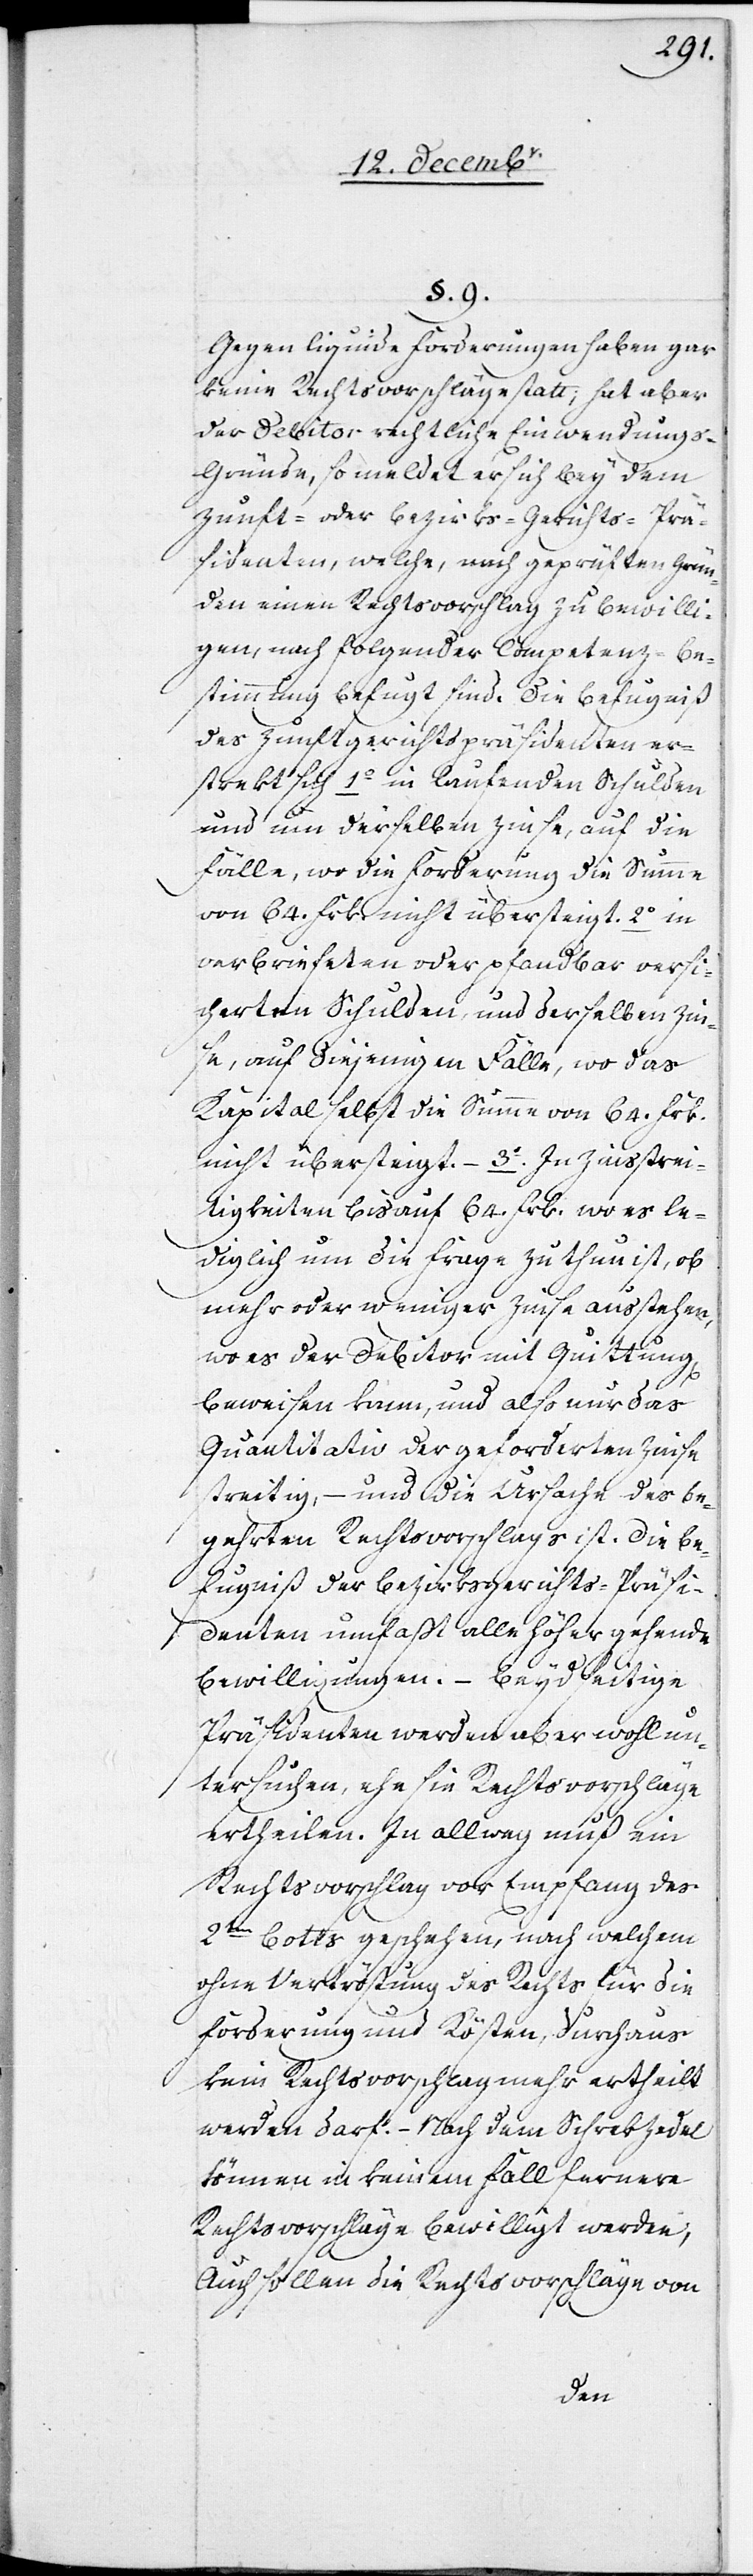
3.

§. 9.
Gegen liquide Forderungen haben gar
keine Rechtsvorschläge statt; hat aber
der Debitor rechtliche Einwendung¬
s-Gründe, so meldet er sich bey dem
Zunft- oder Bezirks-Gerichts-Prä¬
sidenten, welche, nach geprüften Grün¬
den einen Rechtsvorschlag zu bewilli¬
gen, nach folgender Competenz-Be¬
stimmung befugt sind. Die Befugniß
des Zunftgerichtspräsidenten ers¬
und um derselben Zinse, auf die
Fälle, wo die Forderung die Summe
von 64. Frk. nicht übersteigt.
verbriefeten oder pfandbar versi¬
cherten Schulden, und derselben Zin¬
se, auf diejenigen Fälle, wo das
Kapital selbst die Summe von 64. Frk.
tigkeiten bis auf 64. Frk. wo es le¬
diglich um die Frage zu thun ist, ob
mehr oder weniger Zinse ausstehen,
wo es der Debitor mit Quittung
beweisen kann, und also nur das
Quantitativ der geforderten Zinse
streitig, – und die Ursache des be¬
gehrten Rechtsvorschlags ist. Die Be¬
fugniß der Bezirksgerichts-Präsi¬
denten umfaßt alle höher gehende[n]
Bewilligungen. – Beydseitige
Präsidenten werden aber wohl un¬
tersuchen, ehe sie Rechtsvorschläge
ertheilen. In allweg muß ein
Rechtsvorschlag vor Empfang des
2ten Botts geschehen, nach welchem
ohne Vertröstung des Rechts für die
Forderung und Kösten, durchaus
kein Rechtsvorschlag mehr ertheilt
werden darf. – Nach dem Schrekzedel
können in keinem Fall fernere
Rechtsvorschläge bewilligt werden.
Auch sollen die Rechtsvorschläge von
strei¬